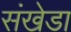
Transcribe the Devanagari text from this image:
संखेडा